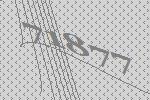
71877